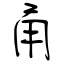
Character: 甬